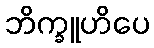
ဘိက္ခူဟိပေ